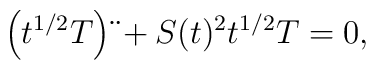
\left(t^{1/2}T\right)\ddot{}+S(t)^2 t^{1/2}T = 0 ,